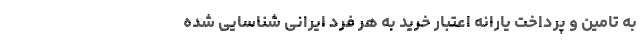
به تامین و پرداخت یارانه اعتبار خرید به هر فرد ایرانی شناسایی شده